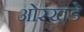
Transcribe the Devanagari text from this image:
ओरखडे